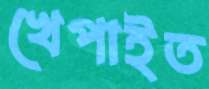
খেপাইত